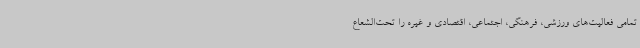
تمامی فعالیت‌های ورزشی، فرهنگی، اجتماعی، اقتصادی و غیره را تحت‌الشعاع